Civil Veterinary Department Bihar & Orissa reports 1911-21 - 1911-1921
Year: 1911
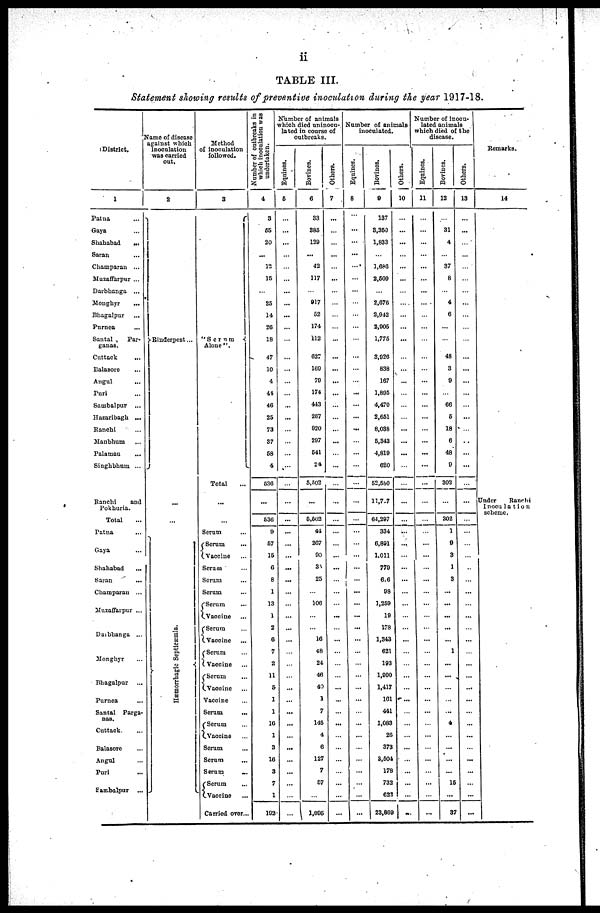
ii
TABLE III.
Statement showing results of preventive inoculation during the year 1917-18.
1
District.
1
Patna ...
Gaya ...
Shahabad
...
Saran ...
Champaran ...
Muzaffarpur ...
Darbhanga ...
Monghyr ...
Bhagalpur ...
Purnea ...
Santal
Par-
ganas.
Cuttack ...
Balasore ...
Angul ...
Puri ...
Sambalpur
...
Hazaribagh ...
Ranchi ...
Manbhum ...
Palaman ...
Singhbhum ...
Ranchi
and
Pokhuria.
Total ...
Patna ...
Gaya ...
Shahabad ...
Saran ...
Champaran ...
Muzaffarpur ...
Daibhanga ...
Monghyr ...
Bhagalpur ...
Purnea ...
Santal Parga-
nas.
Cuttack ...
Balasore ...
Angul ...
Purl ...
Sambalpur ...
Name of disease
against which
Inoculation
was carried
out.
2
Rinderpest ...
...
...
Hæmorrhagic Septicæmia.
Method
of inoculation
followed.
3
"Serum
Alone ".
Total ...
...
...
Serum ...
Serum ...
Vaccine ...
Serum ...
Seram ...
Serum
Serum ...
Vaccine ...
Serum ...
Vaccine ...
Serum ...
Vaccine ...
Serum ...
Vaccine ...
Vaccine ...
Scrum ...
Serum ...
Vaccine ...
Serum ...
Serum
Serum
...
Serum ...
Vaccine ...
Carried over ...
Number of outbreaks in
which inoculation was
undertaken.
4
3
65
20
...
12
15
...
25
14
20
18
47
10
4
44
46
25
73
37
68
4
630
...
536
9
57
15
6
8
1
13
1
2
6
7
2
11
5
1
1
10
1
3
16
3
7
1
192
Number of animals
which died uninocu-
lated in course of
outbreaks.
Eqnines.
5
...
...
...
...
...
...
...
...
...
...
...
...
...
...
...
...
...
...
...
...
...
...
...
...
...
...
...
...
...
...
...
...
...
...
...
...
...
...
...
...
...
... ...
...
...
...
...
...
...
...
Boriues.
6
33
385
129
...
42
117
...
917
52
174
112
627
160
70
174
443
267
920
207
541
24
5,502
...
5,502
41
267
90
35
25
...
106
...
...
10
48
24
46
49
1
7
145
4
6
127
7
57
...
1 1,006
Others.
7
...
...
...
...
...
...
...
...
...
...
...
...
...
...
...
...
...
...
...
...
...
...
...
...
...
...
...
...
...
...
...
...
...
...
...
...
...
...
...
...
...
...
...
...
...
...
...
...
...
Number of animals
inoculated.
Equines.
8
...
...
...
...
...
...
...
...
...
...
...
...
...
...
...
...
...
...
...
...
...
...
...
...
...
...
...
...
...
...
...
...
...
...
...
...
...
...
...
...
...
...
...
...
...
...
...
...
...
Bovines.
9
137
3,350
1,833
1,686
2,509
...
2,676
2,942
2,005
1,775
3,920
838
167
1,805
4,470
2,651
8,038
5,343
4,810
620
52,580
11,7.7
64,297
334
6,891
1.011
770
6 6
98
1,259
19
178
1,343
621
193
1,990
1,417
101
441
1,083
26
373
3,504
178
732
622
23,809
I Others.
10
...
...
...
...
...
...
...
...
...
...
...
...
...
...
...
...
...
...
...
...
...
...
...
...
...
...
...
...
...
...
...
...
...
...
...
...
...
...
...
...
...
...
...
...
...
...
...
...
...
Number of inocu-
lated animals
which died of the
disease.
Eqaines.
11
...
...
...
...
...
...
...
...
...
...
...
...
...
...
...
...
...
...
...
...
...
...
...
...
...
...
...
...
...
...
...
...
...
...
...
...
...
...
...
...
...
...
...
...
...
...
...
...
...
Bovines.
12
...
31
4
...
37
8
...
4
6
...
...
48
3
9
...
66
6
18
6
48
9
302
...
302
1
9
8
1
3
...
...
...
...
...
1
...
...
...
...
...
...
...
...
...
...
...
15
...
37
Others.
13
...
...
...
...
...
...
...
...
...
...
...
...
...
...
...
...
...
...
...
...
...
...
...
...
...
...
...
...
...
...
...
...
...
...
...
...
...
...
...
...
...
...
...
...
...
...
...
...
...
Remarks.
14
Under Banchi
Inoculation
scheme.